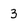
Character: 3